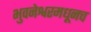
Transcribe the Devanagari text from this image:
भुवनेश्वरमधूनच